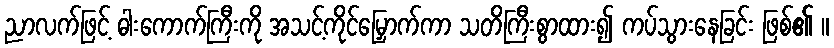
ညာလက်ဖြင့် ဓါးကောက်ကြီးကို အသင့်ကိုင်မြှောက်ကာ သတိကြီးစွာထား၍ ကပ်သွားနေခြင်း ဖြစ်၏ ။